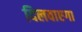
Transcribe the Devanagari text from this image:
दिलवाएगा